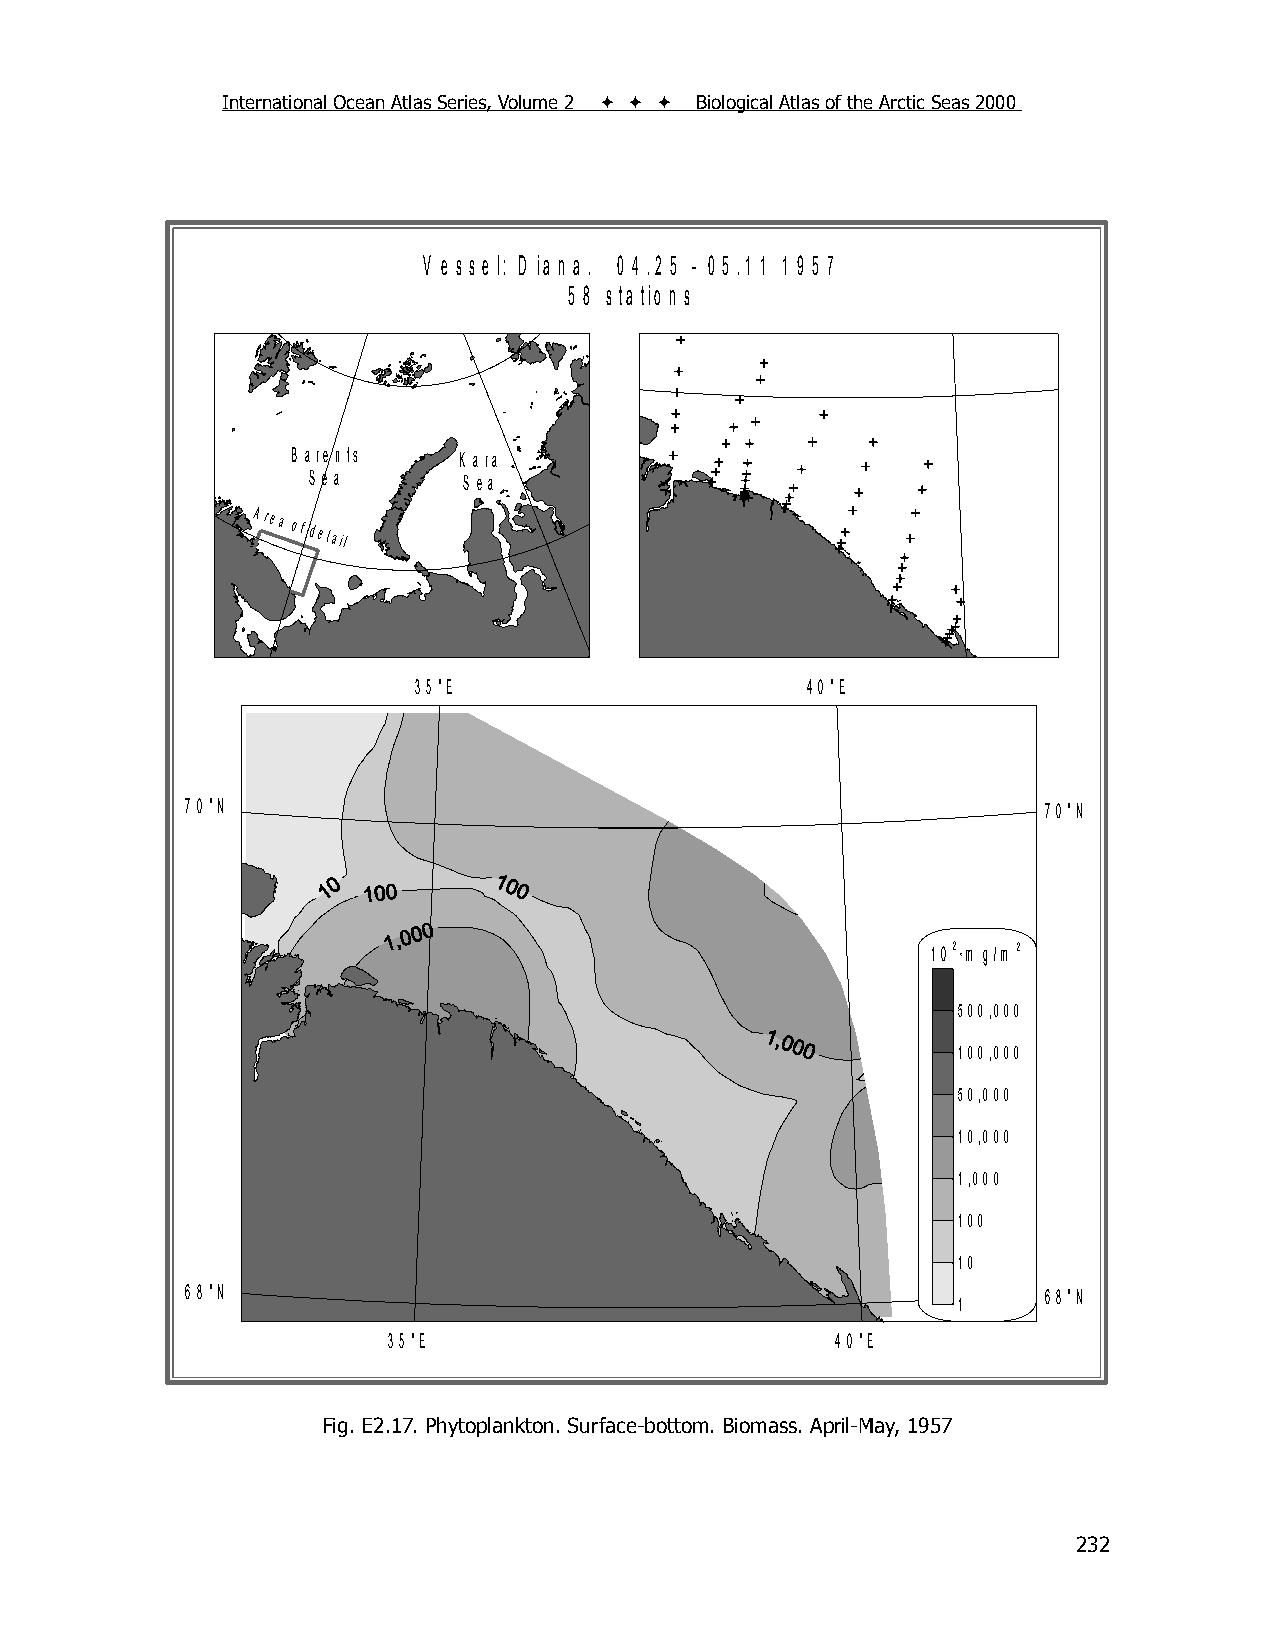
International Ocean Atlas Series, Volume 2    Biological Atlas of the Arctic Seas 2000
 V e s s e l: D ia n a . 0 4 .2 5 - 0 5 .1 1 1 9 5 7
 5 8 s ta tio n s
 B a re n ts K a ra
 S e a      S e a
 Area
 of detail
 3 5 °E                    4 0 °E
 7 0 °N                                                   7 0 °N
 1 02 *m g /m 2
 500,000
 100,000
 50,000
 10,000
 1,000
 100
 10
 6 8 °N                                                   6 8 °N
 1
 3 5 °E                       4 0 °E
 Fig. E2.17. Phytoplankton. Surface-bottom. Biomass. April-May, 1957
 232